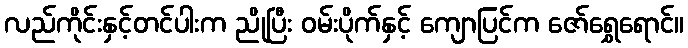
လည်ကိုင်းနှင့်တင်ပါးက ညိုပြီး ဝမ်းပိုက်နှင့် ကျောပြင်က ဇော်ရွှေရောင်။